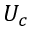
U _ { c }